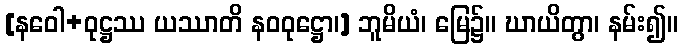
[နဝေါ+ဝုဋ္ဌဿ ယဿာတိ နဝဝုဋ္ဌော၊] ဘူမိယံ၊ မြေ၌။ ဃာယိတွာ၊ နမ်း၍။